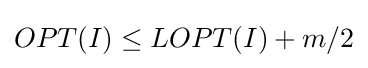
OPT(I)\leq LOPT(I)+m/2